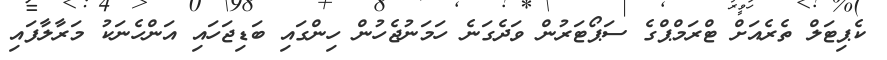
ކެޕިޓަލް ތެރެއަށް ޓްރަމްޕްގެ ސަޕޯޓަރުން ވަދެގަނެ ހަމަނުޖެހުން ހިންގައި ބަޑިޖަހައި އަންހެނަކު މަރާލާފައި